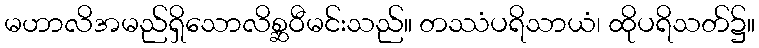
မဟာလိအမည်ရှိသောလိစ္ဆဝီမင်းသည်။ တဿံပရိသာယံ၊ ထိုပရိသတ်၌။